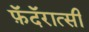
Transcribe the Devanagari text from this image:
फ़ॅदॅरात्सी